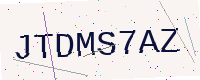
Text: JTDMS7AZ